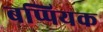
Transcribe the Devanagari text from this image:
बप्पियक